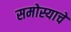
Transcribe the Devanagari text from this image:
समोस्याचे